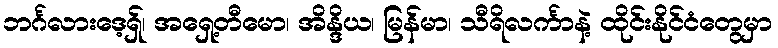
ဘင်္ဂလားဒေ့ရှ်၊ အရှေ့တီမော၊ အိန္ဒိယ၊ မြန်မာ၊ သီရိလင်္ကာနဲ့ ထိုင်းနိုင်ငံတွေမှာ